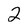
Character: 2